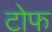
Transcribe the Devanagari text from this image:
टोफ